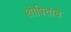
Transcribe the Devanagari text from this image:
शोषितांचे